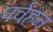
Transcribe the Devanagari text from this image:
पर्वहन